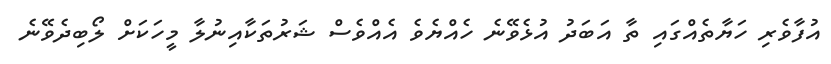
އުފާވެރި ހަޔާތެއްގައި ތާ އަބަދު އުޅެވޭނެ ހެއްޔެވެ އެއްވެސް ޝަރުތަކާއިނުލާ މީހަކަށް ލޯބިދެވޭނެ